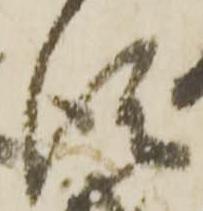
信